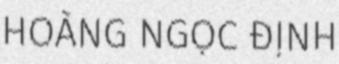
HOÀNG NGỌC ĐỊNH